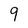
Character: 9